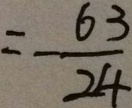
= - \frac { 6 3 } { 2 4 }